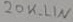
Text: 20K_LIN